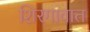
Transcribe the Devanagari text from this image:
शिरगावात